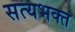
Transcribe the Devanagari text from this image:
सत्यभक्त